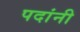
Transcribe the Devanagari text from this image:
पदांनी